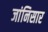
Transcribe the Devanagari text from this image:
जांनिसार